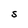
Character: S